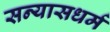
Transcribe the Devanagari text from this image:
सन्यासधर्म